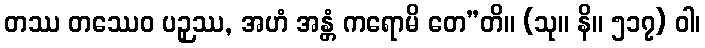
တဿ တဿေဝ ပဉှဿ, အဟံ အန္တံ ကရောမိ တေ”တိ။ (သု။ နိ။ ၅၁၇) ဝါ၊